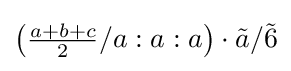
\left({\tfrac {a+b+c}{2}}/a:a:a\right)\cdot {\tilde {a}}/{\tilde {6}}